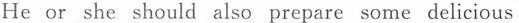
He or she should also prepare some delicious